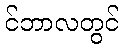
င်ဘာလတွင်